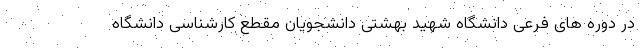
در دوره های فرعی دانشگاه شهید بهشتی دانشجویان مقطع کارشناسی دانشگاه